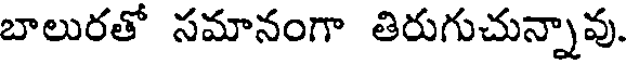
బాలురతో సమానంగా తిరుగుచున్నావు.